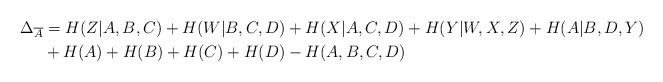
LaTeX: \begin{align*} \Delta_{\overline{A}} &= H(Z|A,B,C) + H(W|B,C,D) + H(X|A,C,D) + H(Y|W,X,Z) + H(A|B,D,Y)\\ & + H(A) + H(B) + H(C) + H(D) - H(A,B,C,D)\end{align*}